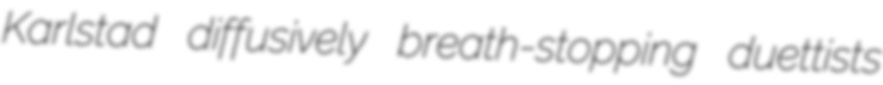
Karlstad diffusively breath-stopping duettists